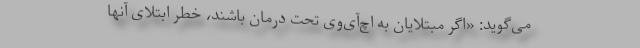
می‌گوید: «اگر مبتلایان به اچ‌آی‌وی تحت درمان باشند، خطر ابتلای آنها